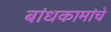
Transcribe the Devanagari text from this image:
बांधकामांचे